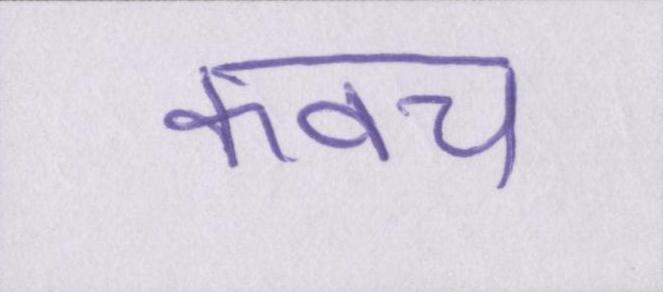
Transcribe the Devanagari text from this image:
कवच